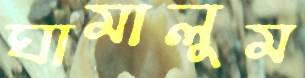
ঘামালুম